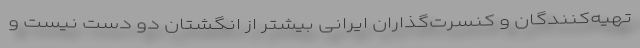
تهیه‌کنندگان و کنسرت‌گذاران ایرانی بیشتر از انگشتان دو دست نیست و